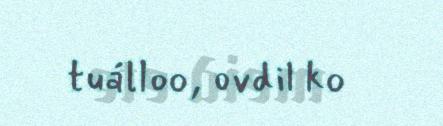
tuálloo, ovdil ko